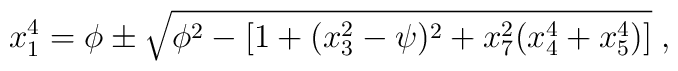
x_1^4 =\phi\pm\sqrt{\phi^2-\left[ 1+(x_3^2-\psi)^2+x_7^2(x_4^4+x_5^4)\right] }\; ,